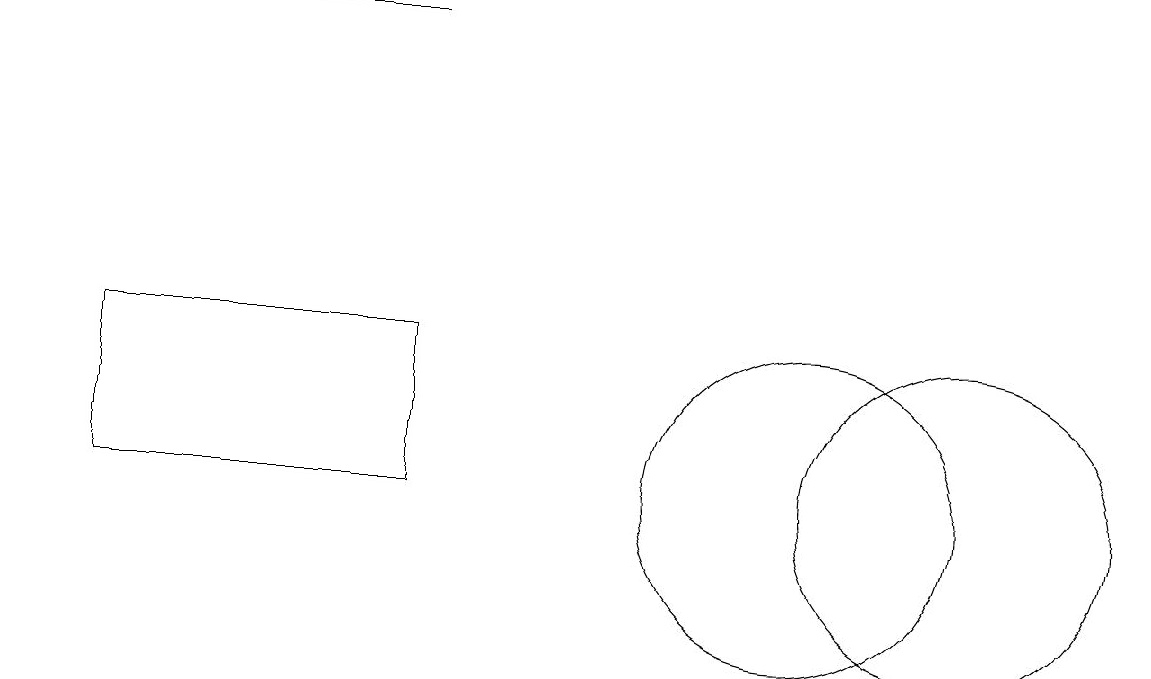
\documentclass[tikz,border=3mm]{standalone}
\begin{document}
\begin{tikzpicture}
\draw (1,12) rectangle (5,10);
\draw (0,16) rectangle (5,16);
\draw (1,10) rectangle (4,10);
\draw (12,10) circle (2);
\draw (10,10) circle (2);
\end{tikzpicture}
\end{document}